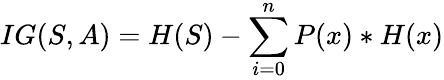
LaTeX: IG(S,A)=H(S)-\sum_{i=0}^{n}P(x)*H(x)